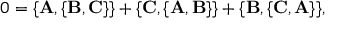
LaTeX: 0 = \{ { \bf A } , \{ { \bf B } , { \bf C } \} \} + \{ { \bf C } , \{ { \bf A } , { \bf B } \} \} + \{ { \bf B } , \{ { \bf C } , { \bf A } \} \} ,